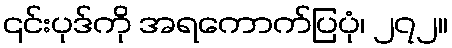
၎င်းပုဒ်ကို အရကောက်ပြပုံ၊ ၂၇၂။